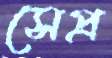
সেপ্র